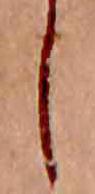
し